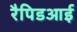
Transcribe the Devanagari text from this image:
रैपिडआई